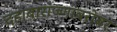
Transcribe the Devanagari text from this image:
दहाबारांज्णांबरोबर